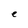
Character: e